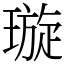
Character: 璇